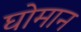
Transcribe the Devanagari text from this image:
घोमान